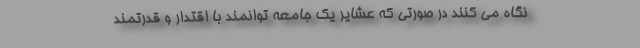
نگاه می کنند در صورتی که عشایر یک جامعه توانمند با اقتدار و قدرتمند